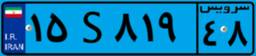
۱۵S۸۱۹۴۸